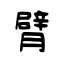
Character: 臂